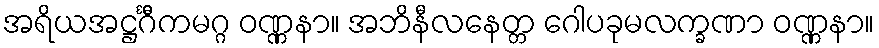
အရိယအဋ္ဌင်္ဂီကမဂ္ဂ ဝဏ္ဏနာ။ အဘိနီလနေတ္တ ဂေါပခုမလက္ခဏာ ဝဏ္ဏနာ။